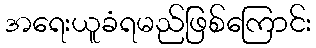
အရေးယူခံရမည်ဖြစ်ကြောင်း